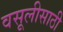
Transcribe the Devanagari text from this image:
वसूलीसाठी